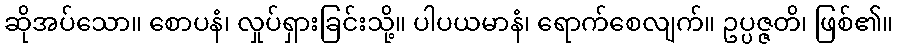
ဆိုအပ်သော။ စောပနံ၊ လှုပ်ရှားခြင်းသို့။ ပါပယမာနံ၊ ရောက်စေလျက်။ ဥပ္ပဇ္ဇတိ၊ ဖြစ်၏။